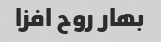
بهار روح افزا